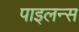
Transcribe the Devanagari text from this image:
पाइलन्स